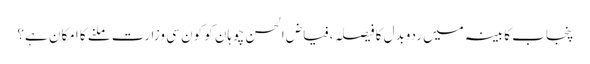
﻿ پنجاب کابینہ میں ردوبدل کا فیصلہ ،فیاض الحسن چوہان کو کون سی وزارت ملنے کا امکان ہے؟